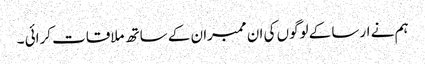
ہم نے ارسا کے لوگوں کی ان ممبران کے ساتھ ملاقات کرائی ۔